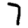
Digit: 7